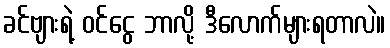
ခင်ဗျားရဲ့ ဝင်ငွေ ဘာလို့ ဒီလောက်များရတာလဲ။